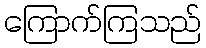
ကြောက်ကြသည်